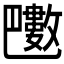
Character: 𣀟